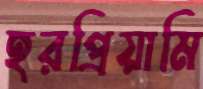
হরপ্রিয়ামি